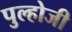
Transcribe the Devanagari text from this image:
पुल्होजी